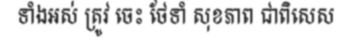
ទាំងអស់ ត្រូវ ចេះ ថែទាំ សុខភាព ជាពិសេស